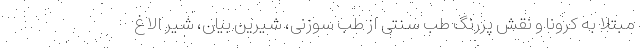
مبتلا به کرونا و نقش پررنگ طب سنتی از طب سوزنی، شیرین بیان، شیر الاغ